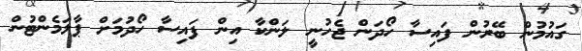
ގައުމުން ބޭރުން ފައިސާ ހޯދަން ޖެހުނީ ލަންކާ އިން ފައިސާ ހޯދުމަށް ޕާލަމެންޓުން